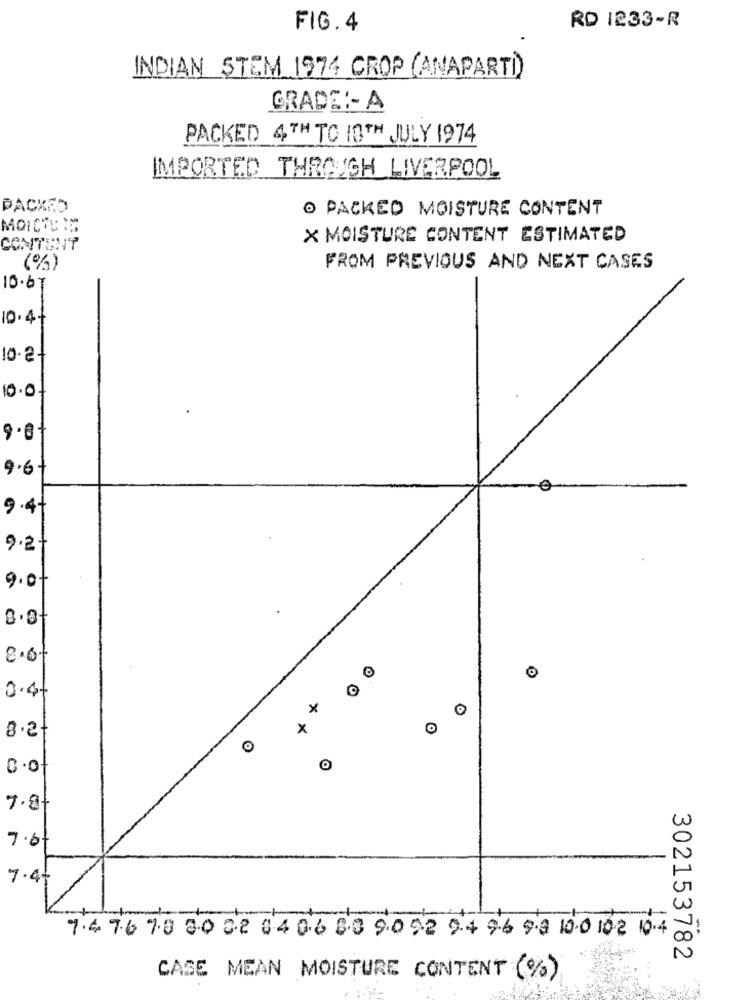
RD 1233-R
FIG. 4
INDIAN STEM 1974 CROP (ANAPARTI)
GRADE :- A
PACKED 4TH TO 10TH JULY 1974
IMPORTED THROUGH LIVERPOOL
PACKED
O PACKED MOISTURE CONTENT
MOISTENS
X MOISTURE CONTENT ESTIMATED
CONTENT
(%)
FROM PREVIOUS AND NEXT CASES
10.67
10.4
10.2
10.0
9.6
9.4+
9.2
9.0
8.07
0.4.
x
8.21
x
7.91
7.6.
7.4+
7476780002 0406 80 90 92 94 96 90 100 102 04
302153782
CASE MEAN MOISTURE CONTENT (%)